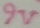
Text: 9V